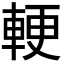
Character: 𮝓